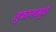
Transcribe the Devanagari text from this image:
तुफानामुळे